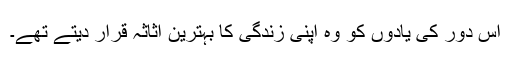
اس دور کی یادوں کو وہ اپنی زندگی کا بہترین اثاثہ قرار دیتے تھے۔